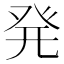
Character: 発